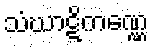
သံဃာဋိကဏ္ဏေ